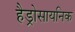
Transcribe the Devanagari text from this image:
हैड्रोसायनिक